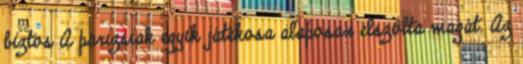
biztos A párizsiak egyik játékosa alaposan elszólta magát. Az